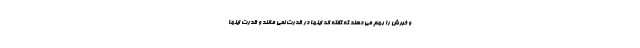
و خبرش را بهم می دهند که گفته اند اینها در قدرت نمی مانند و قدرت اینها